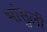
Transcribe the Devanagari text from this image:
भांसुली